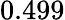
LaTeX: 0.499